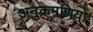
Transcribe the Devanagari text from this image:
अनुक्रमणियों